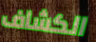
الكشاف